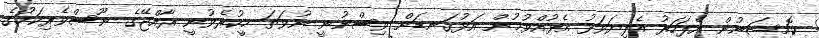
ކޮމިޝަނުން އެފަހަރު އެފިޔަވަޅު އެޅުއްވުމުން އަޅުގަނޑަށް ވިސްނުނީ ނުވަތަ ހީކުރެވުނީ ރާއްޖޭގެ ނޫސްވެރިކަމުގެ